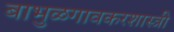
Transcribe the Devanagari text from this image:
बाभुळगावकरशास्त्री